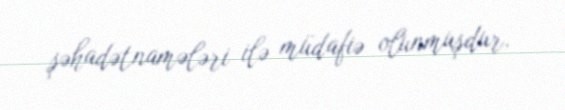
şəhadətnamələri ilə müdafiə olunmuşdur.